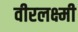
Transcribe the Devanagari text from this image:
वीरलक्ष्मी